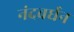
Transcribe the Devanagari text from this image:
नंदवर्धन